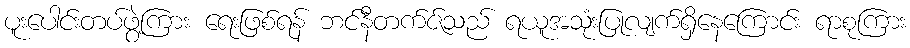
ပူးပေါင်းတပ်ဖွဲ့ကြား ရေးဖြစ်ရန် ဘင်နီတက်ဇ်သည် ရယူအသုံးပြုလျက်ရှိနေကြောင်း ရာစုကြား